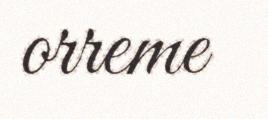
orreme